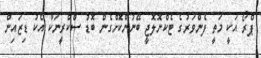
ޕްރޯ އަކީ މަތީ ފެންވަރުގެ ޓެކްނޮލޮޖީ ބޭނުންކޮށްގެން ބޮޑު ސްކްރީނަކާ އެކު ޑިޒައިން